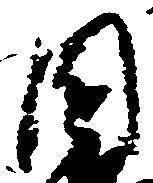
園